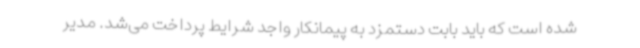
شده است که باید بابت دستمزد به پیمانکار واجد شرایط پرداخت می‌شد. مدیر